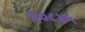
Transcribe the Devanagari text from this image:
६०८४५